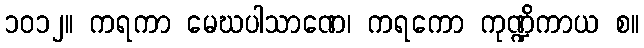
၁၀၁၂။ ကရကာ မေဃပါသာဏေ၊ ကရကော ကုဏ္ဍိကာယ စ။